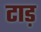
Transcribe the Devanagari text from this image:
टाड़